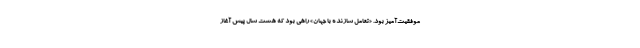
موفقیت‌آمیز بود. «تعامل سازنده با جهان» راهی بود که هشت سال پیش آغاز